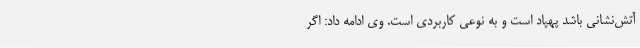
آتش‌نشانی باشد پهپاد است و به نوعی کاربردی است. وی ادامه داد:‌ اگر